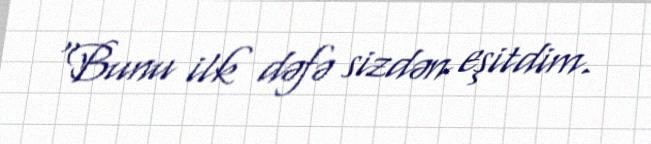
“Bunu ilk dəfə sizdən eşitdim.